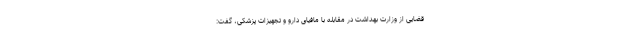
قضایی از وزارت بهداشت در مقابله با مافیای دارو و تجهیزات پزشکی، گفت: